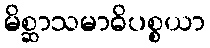
မိစ္ဆာသမာဓိပစ္စယာ